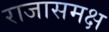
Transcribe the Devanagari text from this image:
राजासमक्ष